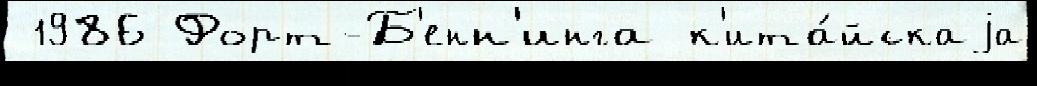
 1986 Форт-Б'енн'инга к'ита́йскаjа